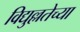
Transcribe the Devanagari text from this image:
विद्युल्लतेच्या